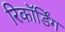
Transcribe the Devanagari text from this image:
रिकॉर्डिंग